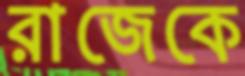
রাজেকে